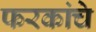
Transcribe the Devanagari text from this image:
फरकांचे